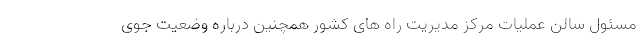
مسئول سالن عملیات مرکز مدیریت راه های کشور همچنین درباره وضعیت جوی